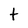
Character: t